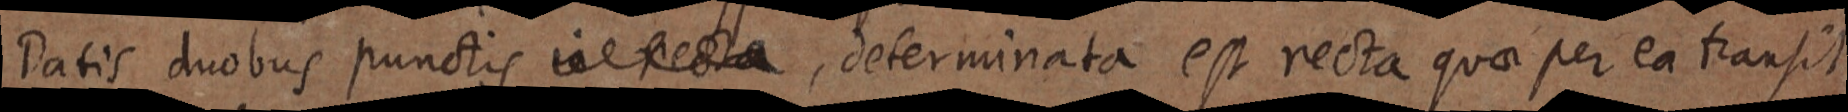
Datis duobus punctis in recta, determinata est recta quae per ea transit